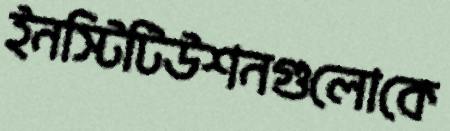
ইনস্টিটিউশনগুলোকে